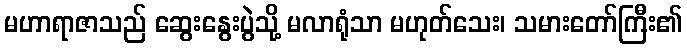
မဟာရာဇာသည် ဆွေးနွေးပွဲသို့ မလာရုံသာ မဟုတ်သေး၊ သမားတော်ကြီး၏